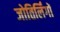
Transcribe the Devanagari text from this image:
जोतिर्लिंगों